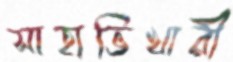
সাহাভিখারী